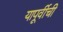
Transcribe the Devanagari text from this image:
यापूर्वीची